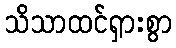
သိသာထင်ရှားစွာ